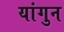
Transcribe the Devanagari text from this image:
यांगुन